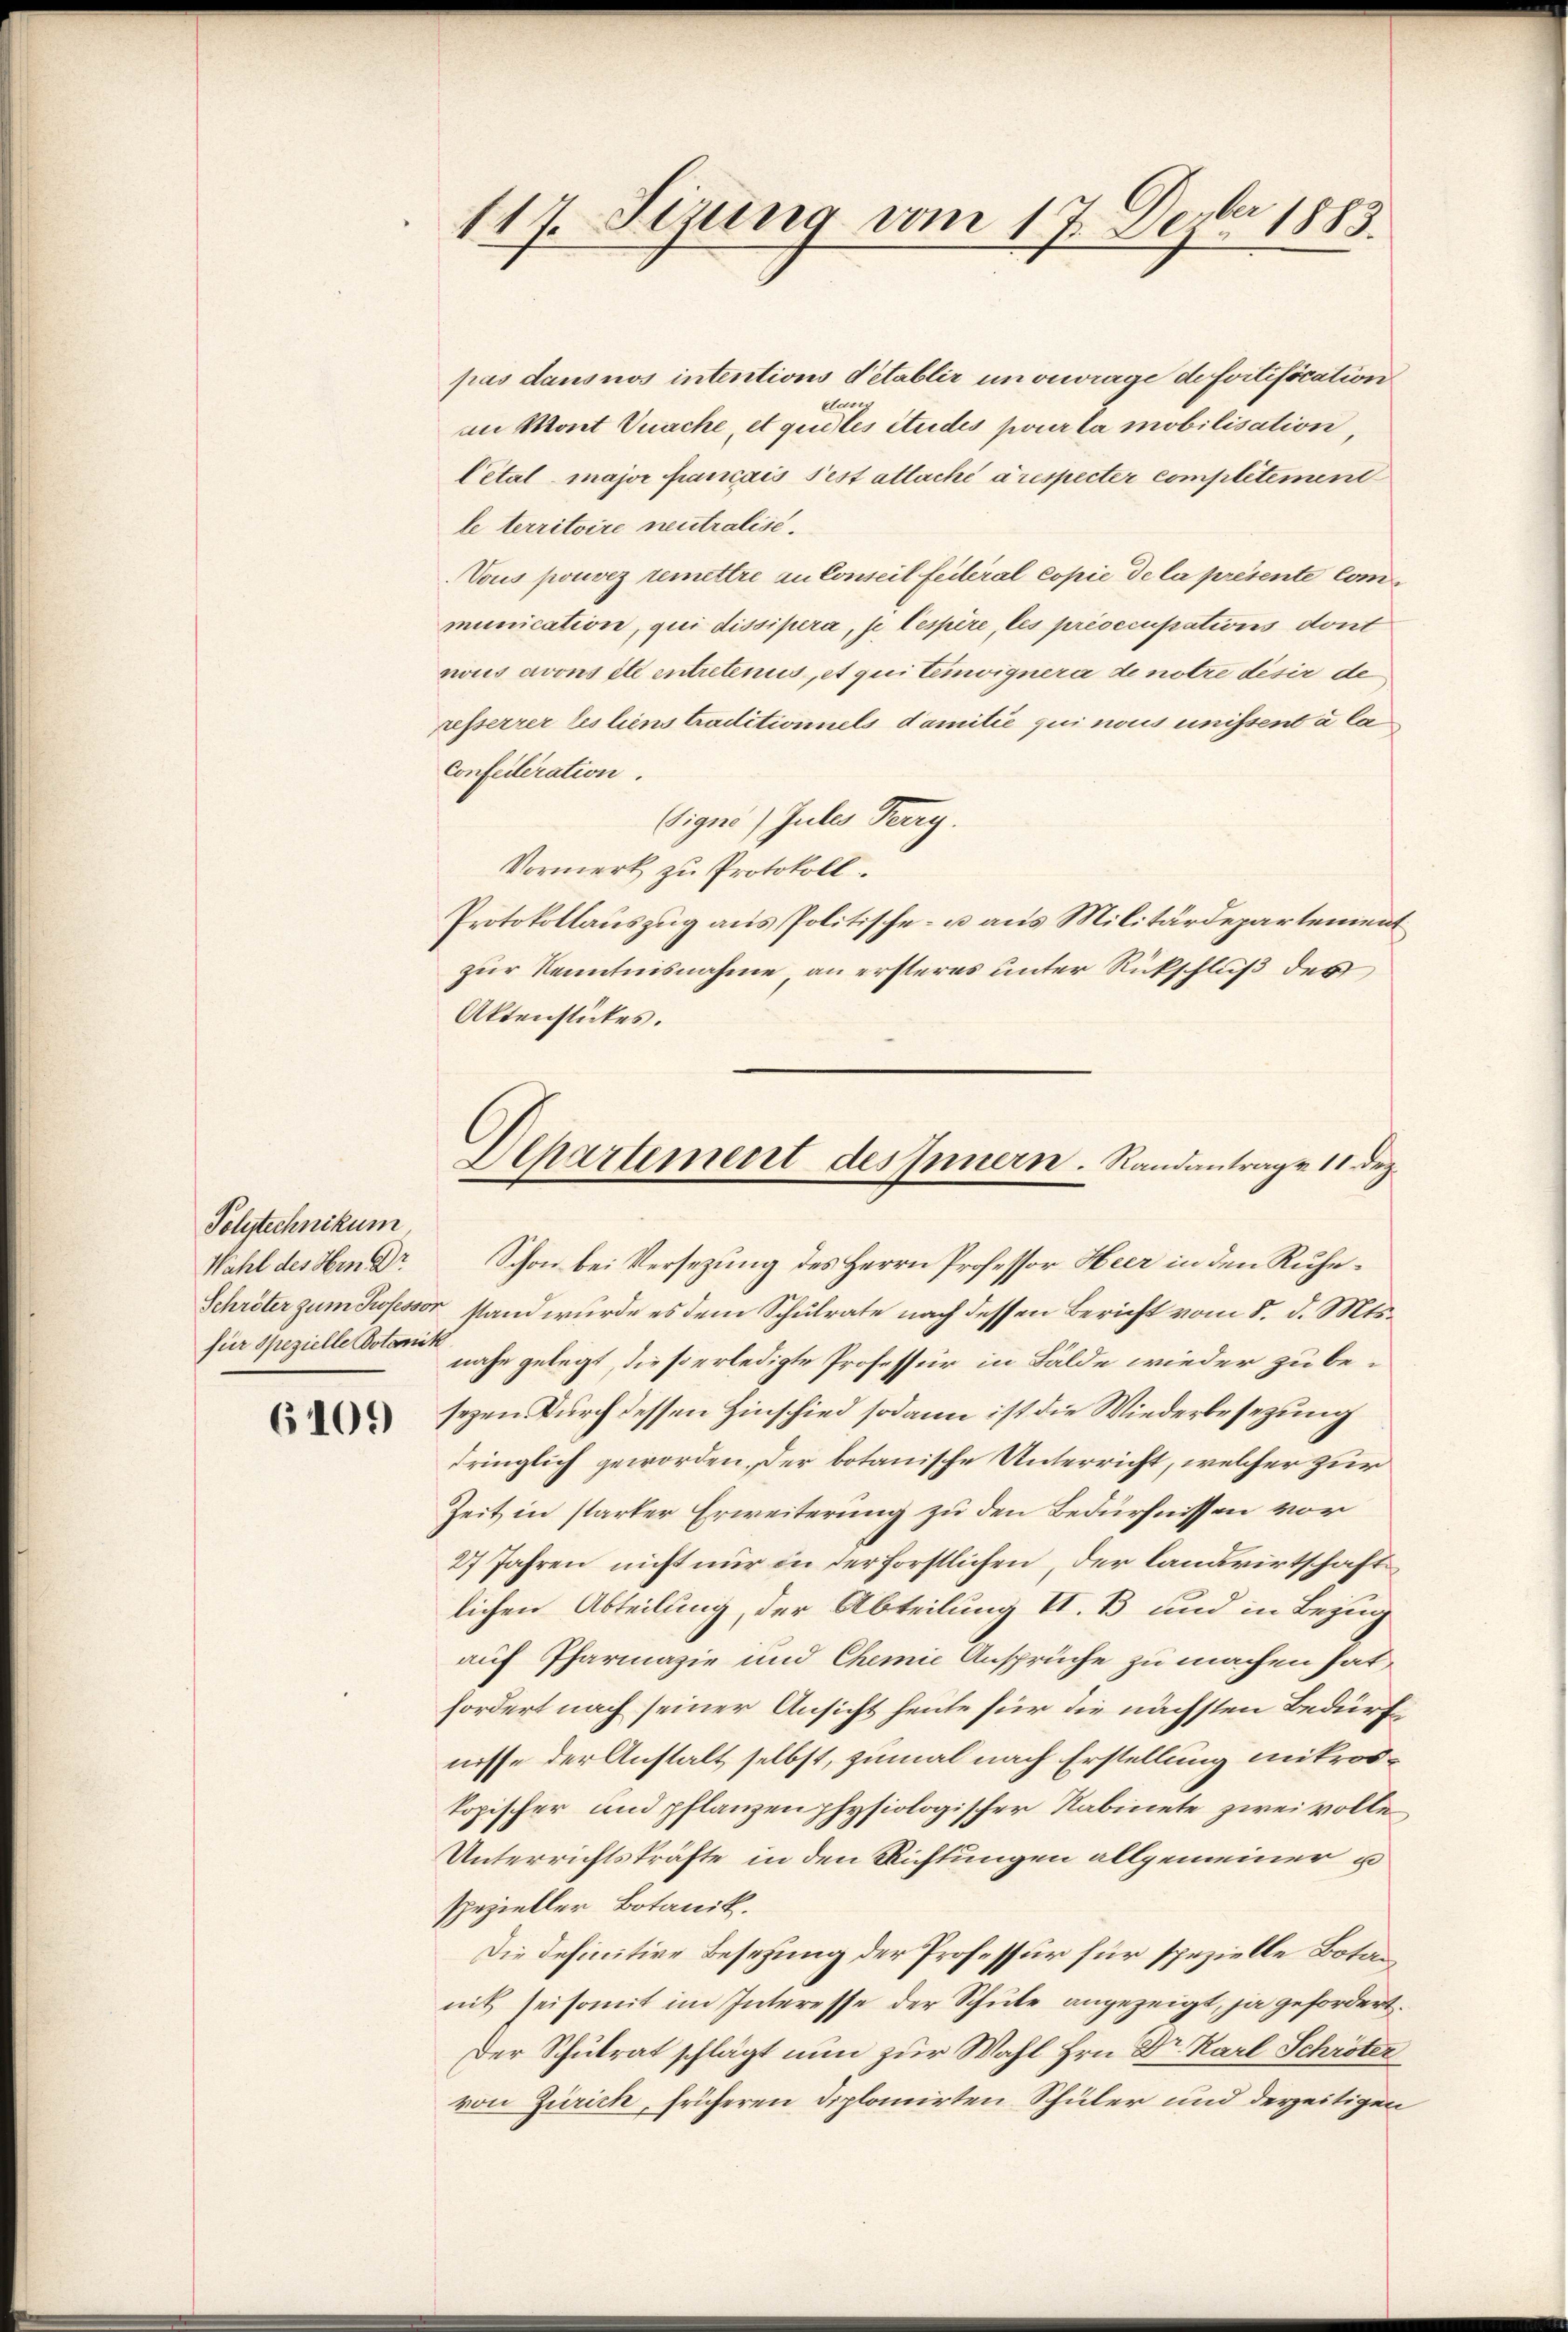
Polytechnikum
für spezielle Votanik

6109

117. Sizung vom 17. Dezbr 1883.

pas dans nos intentions detablir unverrage de fortification
cun
im Mont Vuache, et quites Studes pour la mobilisation,
Cetal major Francais sest attaché à respecter complétement
le territoire neutralise.
Vous pouvez remettre an Conseil feileral copie de la présente Communication, qui dissipera, se Cespère, les présecupations dont
nous avons et entretenus et qui temvignera de notre desir de
resserrer les liens traditionnels damitie qui nous unissent à la
Confederation.
(igns) Jules Terry.
Vormerk zu Protokoll.
Protokollauszug aus Politische- u. aus Militärdepartement
zur Kenntnisnahme an ersteres unter Rückschluß des
Aktenstükes.
Wahl des Hrn Dr Schon bei Versezung des Herrn Professor Heer in den Ruhe¬
Schröter zum Professor stand wurde es dem Schulrate nach dessen Bericht vom 8. d. Mts.
nahe gelegt, die so erledigte Professur in Bälde wieder zu besezen durch dessen Hinschied sodann ist die Wiederbesezung
dringlich geworden, der botanische Unterricht, welcher zur
Zeit in starker Erweiterung zu den Bedürfnissen vor
2 Jahren nicht nur in der forstlichen, der landwirtschaft
lichen Abteilung, der Abteilung II. B. und in Bezug
auf Pharmazie und Chemie Ansprüche zu machen hat
fordert nach seiner Ansicht heute für die nächsten Bedürfnisse der Anstalt selbst, zumal nach Erstellung mitroskopischer und pflanzen physiologischer Nabinete zwei volle
Unterrichtskräfte in den Richtungen allgemeiner u
spezieller Botanik.
Die definitive Besetzung der Professur für spezielle Botanmit sei somit im Interesse der Schŭle angezeigt, ja gefordert.
Der Schulrat schlägt nun zur Wahl Hrn. Dr. Karl Schröter
von Zürich, früheren Diplomirten Schüler und derzeitigen

Departement des Innern. Randantrage 11. Dez.